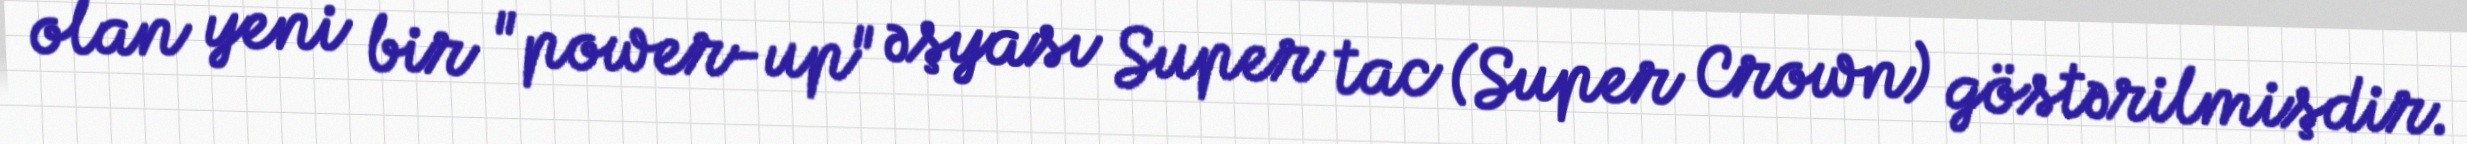
olan yeni bir "power-up" əşyası Super tac (Super Crown) göstərilmişdir.